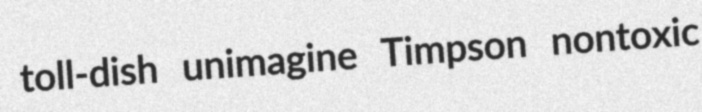
toll-dish unimagine Timpson nontoxic